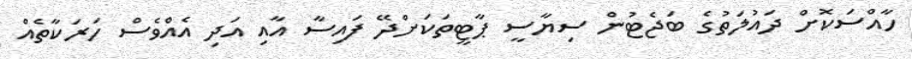
ހާއްސަކޮށް ދައުލަތުގެ ބަޖެޓުން ސިޔާސީ ޕާޓީތަކަށްދޭ ފައިސާ އާއި އަދި އެއްވެސް ހަރަކާތެއް